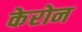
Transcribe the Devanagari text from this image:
केरोन